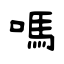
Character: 嗎